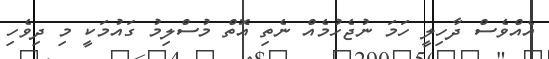
އެއްވެސް ދާހިލީ ހަމަ ނުޖެހުމެއް ނެތި އޮތް މުސްލިމު ގައުމަކީ މި ދިވެހި